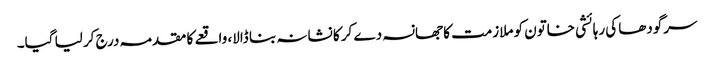
سرگودھا کی رہائشی خاتون کو ملازمت کا جھانسہ دے کر کا نشانہ بنا ڈالا، واقعے کا مقدمہ درج کر لیا گیا۔